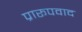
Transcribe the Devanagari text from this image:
प्रारूपवाद